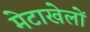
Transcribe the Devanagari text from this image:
मेटाखेलों